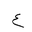
Letter: _ayn